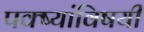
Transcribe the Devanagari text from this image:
पक्ष्यांविषयी